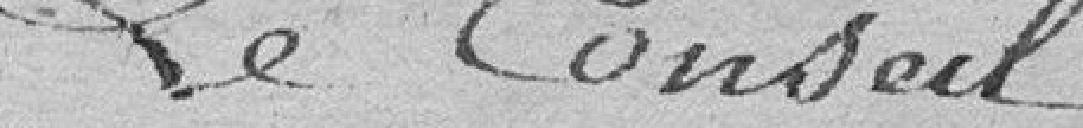
Le Conseil